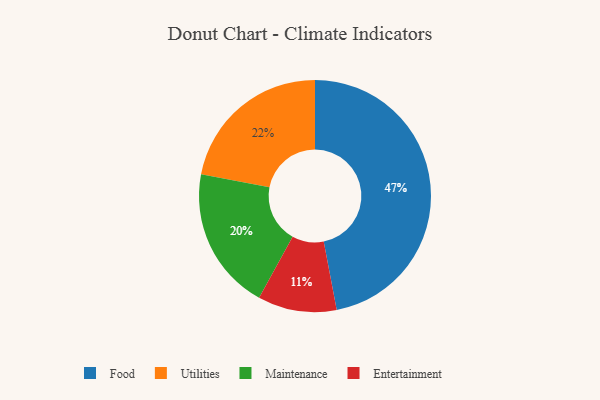
{"axis": {"x": "Category", "y": "Percentage"}, "legend": ["Entertainment", "Food", "Maintenance", "Utilities"], "data": [{"x": "Maintenance", "y": 20, "type": "Maintenance"}, {"x": "Food", "y": 47, "type": "Food"}, {"x": "Utilities", "y": 22, "type": "Utilities"}, {"x": "Entertainment", "y": 11, "type": "Entertainment"}]}